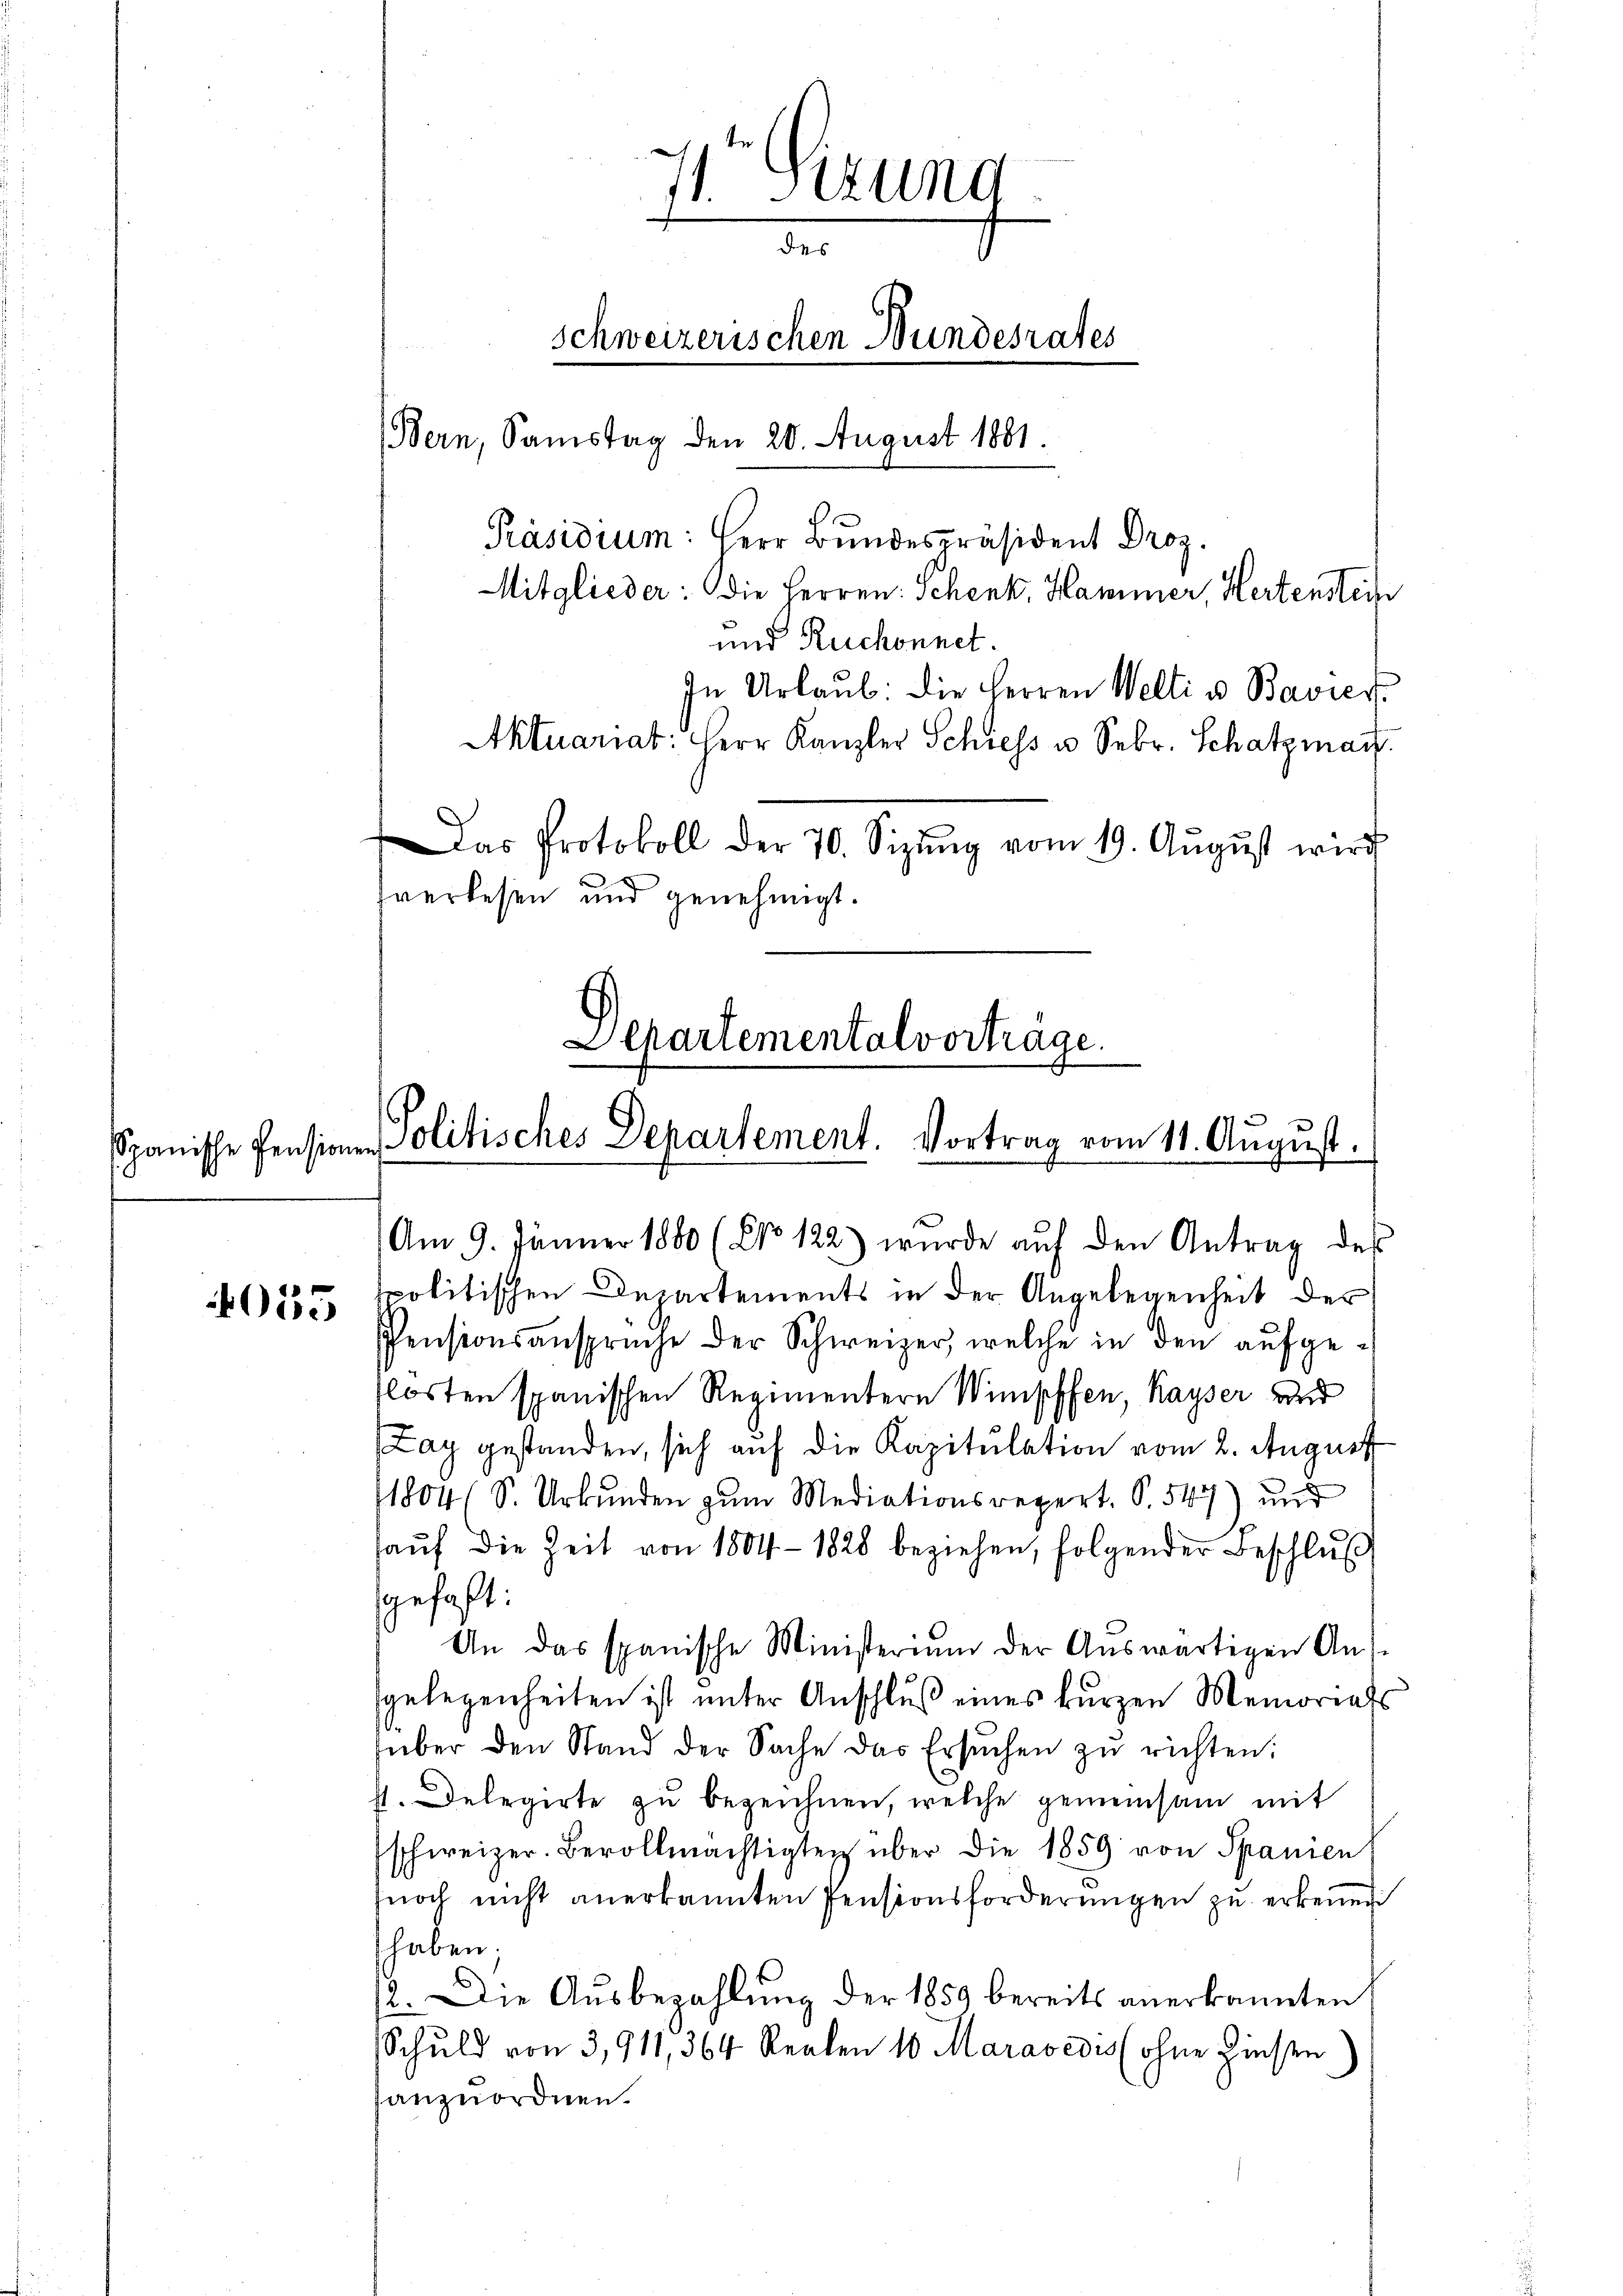
4055

1 sizung
des
schweizerischen Bundesrates
(Bern, Samstag den 20. August 1881.

Präsidium: Herr Bundespräsident Droz.
Mitglieder: die Herren: Schenk, Hammer, Hertenstein
und Ruchonnet.
In Urlaŭb: die Herren Welti u. Bavier
Aktuariat: Herr Kanzler Schiess u. Febr. Schatzman
Das Protokoll der 70. Sizŭng vom 19. Aŭgŭst wird
sverlesen und genehmigt.

Am 9. Jänner 1880 (NNo. 122) wurde auf den Antrag des
spolitischen Departements in der Angelegenheit der
Pensionsansprüche der Schweizer, welche in den aŭfge-
klosten spanischen Regimentern Wimpffen, Kayser und
Zay gestanden, sich auf die Kapitulation vom 2. August
1804 (S. Urkŭnden zŭm Mediationsrepert. S. 547) und
haŭf die Zeit von 1804 - 1828 beziehen, folgender Beschlŭβ
gefaßt:
An das spanische Ministerium der Aŭswärtigen Ans
sgelegenheiten ist unter Anschluß eines kurzen Memorials
über den Stand der Sache das Ersŭchen zŭ richten:
st. Delegirte zu bezeichnen, welche gemeinsam mit
schweizer. Bevollmächtigten über die 1859 von Spanien
noch nicht anerkannten Pensionsforderungen zu erkennen
haben;
12. Die Aŭsbezahlŭng der 1859 bereits anerkannten
Schuld von 3,911, 364 Realen 10 Maravedis (ohne Zinsen
anzuordnen.

Separtemental vorträge.
spanische Pension - Politisches Departement. Vortrag vom 11. August.